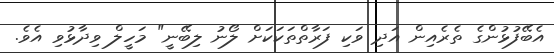
އެބޭފުޅުންގެ ތެރެއިން އަދި ވަކި ފަރާތްތަކަކަށް ލޯނު ލިބޭނީ" މަހީލް ވިދާޅުވި އެވެ.